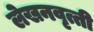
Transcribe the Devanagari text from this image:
लेखनवृत्ती